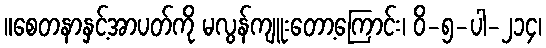
။စေတနာနှင့်အာပတ်ကို မလွန်ကျူးတော့ကြောင်း၊ ဝိ-၅-ပါ-၂၁၄၊